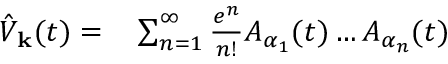
\begin{array} { r l } { \hat { V } _ { \mathbf { k } } ( t ) = } & { { } \sum _ { n = 1 } ^ { \infty } \frac { e ^ { n } } { n ! } A _ { \alpha _ { 1 } } ( t ) \hdots A _ { \alpha _ { n } } ( t ) } \end{array}